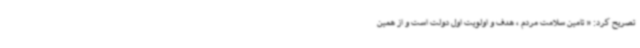
تصریح کرد: « تامین سلامت مردم ، هدف و اولویت اول دولت است و از همین